Senior Leaving Certificate Examination (including Day School Certificate (Higher) General paper), 1950
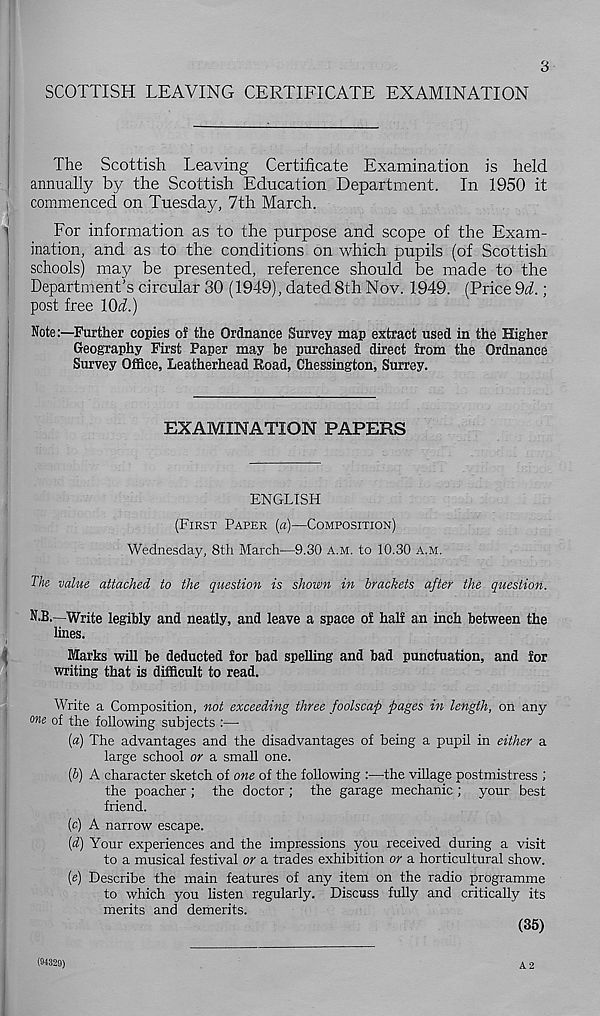
3
SCOTTISH LEAVING CERTIFICATE EXAMINATION
The Scottish Leaving Certificate Examination is held
annually by the Scottish Education Department. In 1950 it
commenced on Tuesday, 7th March.
For information as to the purpose and scope of the Exam-
ination, and as to the conditions on which pupils (of Scottish
schools) may be presented, reference should be made to the
Department’s circular 30 (1949), dated 8th Nov. 1949. (Price §d.;
post free lOd.)
Note:—Further copies of the Ordnance Survey map extract used in the Higher
Geography First Paper may be purchased direct from the Ordnance
Survey Office, Leatherhead Road, Chessington, Surrey.
EXAMINATION PAPERS
ENGLISH
(FIRST PAPER {a)—COMPOSITION)
Wednesday, 8th March-—9.30 A.M. to 10.30 A.M.
The value attached to the question is shown in brackets after the question.
N.B.—Write legibly and neatly, and leave a space of half an inch between the
lines.
Marks will be deducted for bad spelling and bad punctuation, and for
writing that is difficult to read.
Write a Composition, not exceeding three foolscap pages in length, on any
one of the following subjects :—-
(a) The advantages and the disadvantages of being a pupil in either a
large school or a small one.
(b) A character sketch of one of the following :—-the village postmistress ;
the poacher ; the doctor ; the garage mechanic ; your best
friend.
(c) A narrow escape.
(d) Your experiences and the impressions you received during a visit
to a musical festival or a trades exhibition or a horticultural show.
(e) Describe the main features of any item on the radio programme
to which you listen regularly. Discuss fully and critically its
merits and demerits.
(35)
(94329)
A 2